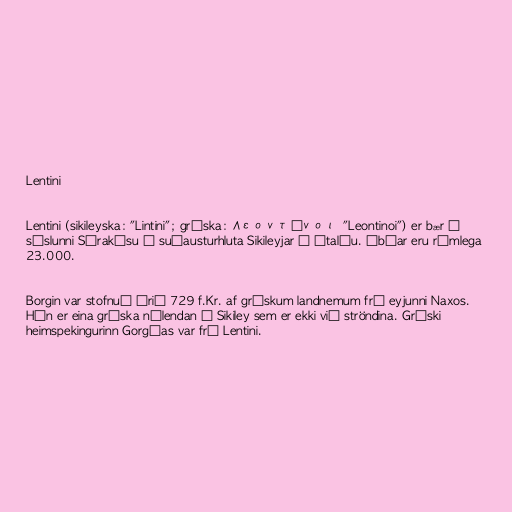
Lentini

Lentini (sikileyska: "Lintini"; gríska: Λεοντῖνοι "Leontinoi") er bær í
sýslunni Sýrakúsu í suðausturhluta Sikileyjar á Ítalíu. Íbúar eru rúmlega
23.000.

Borgin var stofnuð árið 729 f.Kr. af grískum landnemum frá eyjunni Naxos.
Hún er eina gríska nýlendan á Sikiley sem er ekki við ströndina. Gríski
heimspekingurinn Gorgías var frá Lentini.